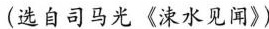
(选自司马光《涑水见闻》)